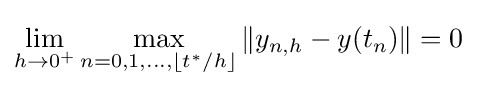
\lim _{h\to 0^{+}}\max _{n=0,1,\dots ,\lfloor t^{*}/h\rfloor }\left\|y_{n,h}-y(t_{n})\right\|=0